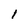
Character: l